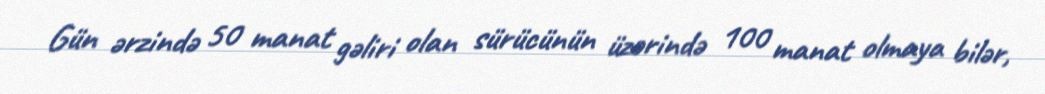
Gün ərzində 50 manat gəliri olan sürücünün üzərində 100 manat olmaya bilər,